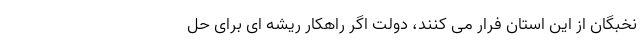
نخبگان از این استان فرار می کنند، دولت اگر راهکار ریشه ای برای حل